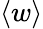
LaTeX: \langle w\rangle